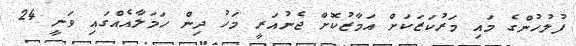
ފުލުހުންގެ މައި މަރުކަޒަކަށް އަމާޒުކޮށް ޖެނުއަރީ މަހު ދިން ހަމަލާއެއްގައި ވަނީ 24